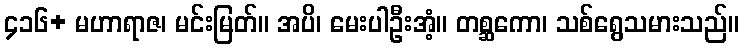
၄၁၆+ မဟာရာဇ၊ မင်းမြတ်။ အပိ၊ မေးပါဦးအံ့။ တစ္ဆကော၊ သစ်ရွေသမားသည်။